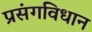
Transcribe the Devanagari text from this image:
प्रसंगविधान